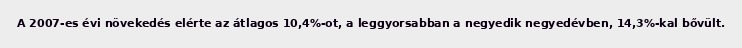
A 2007-es évi növekedés elérte az átlagos 10,4%-ot, a leggyorsabban a negyedik negyedévben, 14,3%-kal bővült.